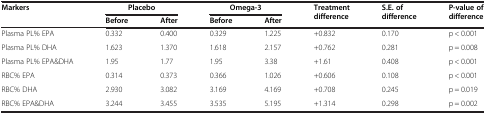
<table><thead><tr><td rowspan="2"><b>Markers</b></td><td colspan="2"><b>Placebo</b></td><td colspan="2"><b>Omega-3</b></td><td rowspan="2"><b>Treatment difference</b></td><td rowspan="2"><b>S.E. of difference</b></td><td rowspan="2"><b>P-value of difference</b></td></tr><tr><td><b>Before</b></td><td><b>After</b></td><td><b>Before</b></td><td><b>After</b></td></tr></thead><tbody><tr><td>Plasma PL% EPA</td><td>0.332</td><td>0.400</td><td>0.329</td><td>1.225</td><td>+0.832</td><td>0.170</td><td>p &lt; 0.001</td></tr><tr><td>Plasma PL% DHA</td><td>1.623</td><td>1.370</td><td>1.618</td><td>2.157</td><td>+0.762</td><td>0.281</td><td>p = 0.008</td></tr><tr><td>Plasma PL% EPA&amp;DHA</td><td>1.95</td><td>1.77</td><td>1.95</td><td>3.38</td><td>+1.61</td><td>0.408</td><td>p &lt; 0.001</td></tr><tr><td>RBC% EPA</td><td>0.314</td><td>0.373</td><td>0.366</td><td>1.026</td><td>+0.606</td><td>0.108</td><td>p &lt; 0.001</td></tr><tr><td>RBC% DHA</td><td>2.930</td><td>3.082</td><td>3.169</td><td>4.169</td><td>+0.708</td><td>0.245</td><td>p = 0.019</td></tr><tr><td>RBC% EPA&amp;DHA</td><td>3.244</td><td>3.455</td><td>3.535</td><td>5.195</td><td>+1.314</td><td>0.298</td><td>p = 0.002</td></tr></tbody></table>